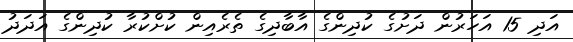
އަދި 15 އަހަރުން ދަށުގެ ކުދިންގެ އާބާދިގެ ތެރެއިން ކުށްކުރާ ކުދިންގެ އަދަދު